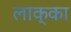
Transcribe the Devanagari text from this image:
लाक्का